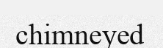
chimneyed